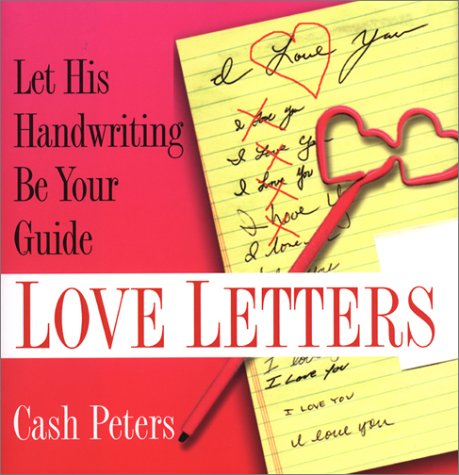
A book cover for Love Letters: Let His Handwriting Be Your Guide; Cash Peters; Self-Help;